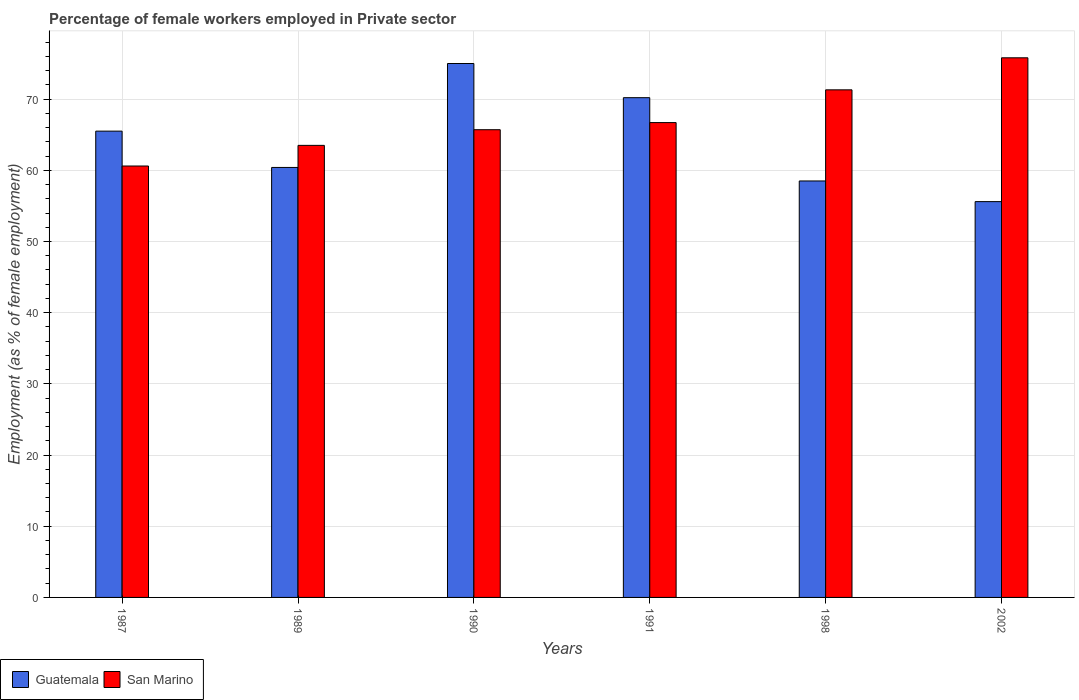
| Years | Guatemala | San Marino |
 | --- | --- | --- |
 | 1987 | 65.5 | 60.6 |
 | 1989 | 60.4 | 63.5 |
 | 1990 | 75 | 65.7 |
 | 1991 | 70.2 | 66.7 |
 | 1998 | 58.5 | 71.3 |
 | 2002 | 55.6 | 75.8 |